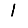
Digit: 1